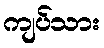
ကျပ်သား